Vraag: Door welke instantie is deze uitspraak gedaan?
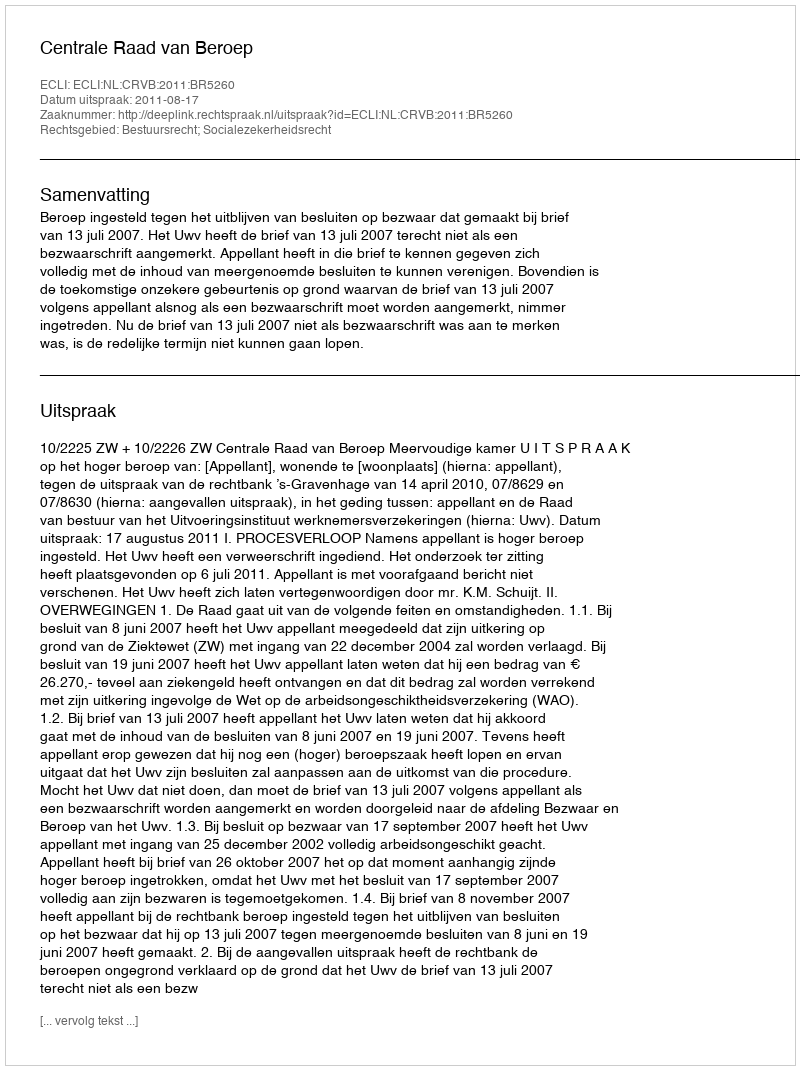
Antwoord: Centrale Raad van Beroep